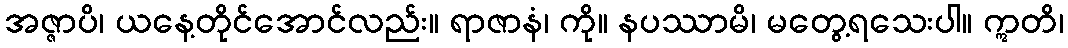
အဇ္ဇာပိ၊ ယနေ့တိုင်အောင်လည်း။ ရာဇာနံ၊ ကို။ နပဿာမိ၊ မတွေ့ရသေးပါ။ ဣတိ၊